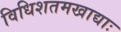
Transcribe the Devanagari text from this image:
विधिशतमखाद्याः